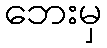
ဘေးမှ